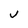
Character: V